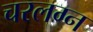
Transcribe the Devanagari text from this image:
चरलग्न